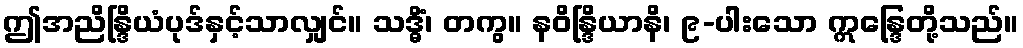
ဤအညိန္ဒြိယံပုဒ်နှင့်သာလျှင်။ သဒ္ဓိံ၊ တကွ။ နဝိန္ဒြိယာနိ၊ ၉-ပါးသော ဣန္ဒြေတို့သည်။